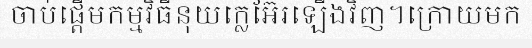
ចាប់ផ្តើមកម្មវិធីនុយក្លេអ៊ែរឡើងវិញ។ក្រោយមក